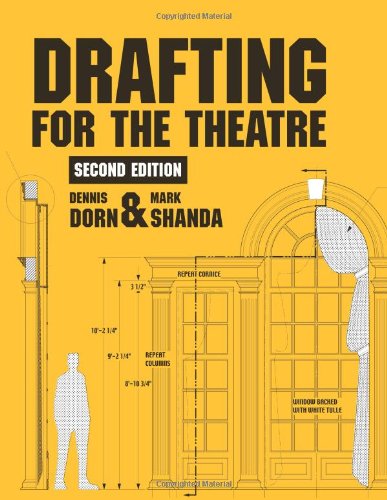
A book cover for Drafting for the Theatre; Dennis Dorn; Humor & Entertainment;